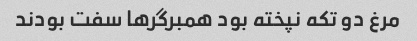
مرغ دو تکه نپخته بود همبرگر‌ها سفت بودند